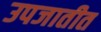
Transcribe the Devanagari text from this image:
उपजातीत